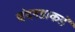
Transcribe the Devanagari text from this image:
चंदगडाकडे